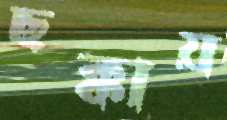
ছক্কায়